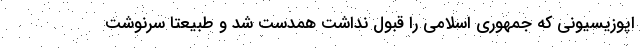
اپوزیسیونی که جمهوری اسلامی را قبول نداشت همدست شد و طبیعتا سرنوشت